Leaving Certificate Examination, 1913
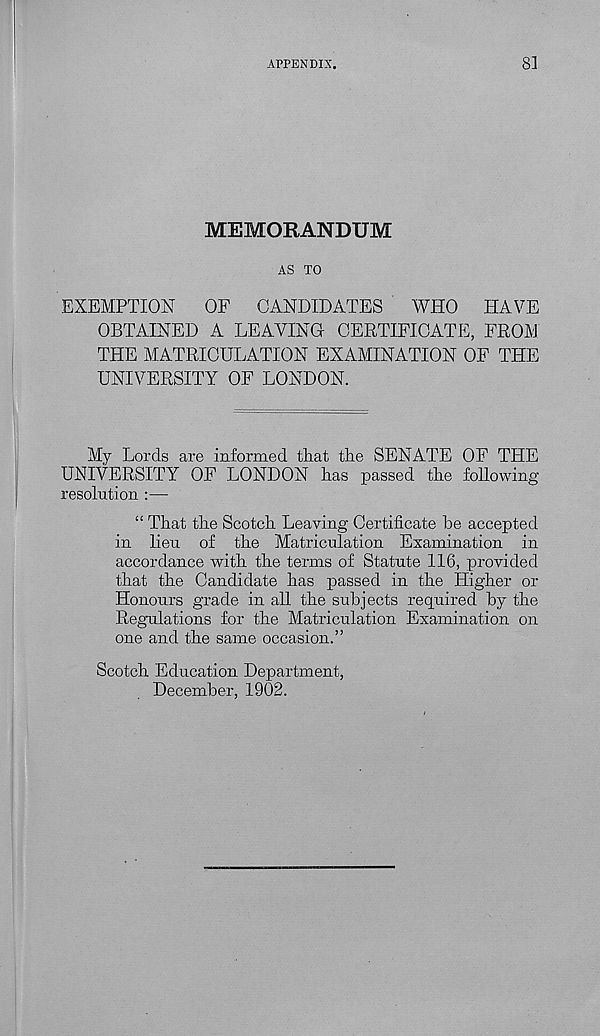
APPENDIX.
8]
MEMORANDUM
AS TO
EXEMPTION
OF
CANDIDATES
WHO
HAVE
OBTAINED A LEAVING CERTIFICATE, FROM
THE MATRICULATION EXAMINATION OF THE
UNIVERSITY OF LONDON.
My Lords are informed that the SENATE OF THE
UNIVERSITY OF LONDON has passed the following-
resolution :—
“ That the Scotch Leaving Certificate he accepted
in lieu of the Matriculation Examination in
accordance with the terms of Statute 116, provided
that the Candidate has passed in the Higher or
Honours grade in all the subjects required by the
Regulations for the Matriculation Examination on
one and the same occasion.”
Scotch Education Department,
December, 1902.